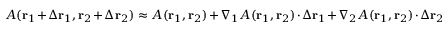
A ( \mathbf { r } _ { 1 } + \Delta \mathbf { r } _ { 1 } , \mathbf { r } _ { 2 } + \Delta \mathbf { r } _ { 2 } ) \approx A ( \mathbf { r } _ { 1 } , \mathbf { r } _ { 2 } ) + \nabla _ { 1 } A ( \mathbf { r } _ { 1 } , \mathbf { r } _ { 2 } ) \cdot \Delta \mathbf { r } _ { 1 } + \nabla _ { 2 } A ( \mathbf { r } _ { 1 } , \mathbf { r } _ { 2 } ) \cdot \Delta \mathbf { r } _ { 2 }